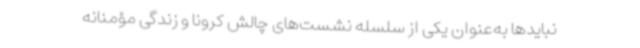
نبایدها به‌عنوان یکی از سلسله نشست‌های چالش کرونا و زندگی مؤمنانه